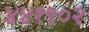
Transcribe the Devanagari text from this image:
४४१९०२